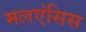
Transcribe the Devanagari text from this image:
मलएंसिस